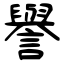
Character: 譽